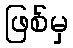
ဖြစ်မှ